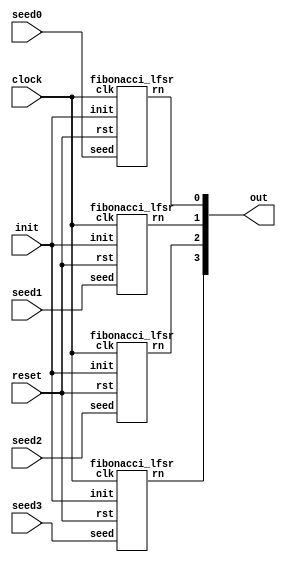
module random_number_generator(
	input clock,
	input reset,
	input init,
	input [8:0] seed0,
	input [8:0] seed1,
	input [8:0] seed2,
	input [8:0] seed3,
	output [3:0] out
	);

	fibonacci_lfsr rng0(
		.clk	(clock),
		.rst	(reset),
		.init	(init),
		.seed	(seed0),
		.rn		(out[0]));
	
	fibonacci_lfsr rng1(
		.clk	(clock),
		.rst	(reset),
		.init	(init),
		.seed	(seed1),
		.rn		(out[1]));

	fibonacci_lfsr rng2(
		.clk	(clock),
		.rst	(reset),
		.init	(init),
		.seed	(seed2),
		.rn		(out[2]));

	fibonacci_lfsr rng3(
		.clk	(clock),
		.rst	(reset),
		.init	(init),
		.seed	(seed3),
		.rn		(out[3]));

endmodule

module fibonacci_lfsr(
	input  clk,
	input  rst,
	input  init,
	input  [8:0]seed,
	output rn
	);

	reg [8:0] data;
	assign rn = data[8];
	wire feedback = data[8] ^ data[4] ^ data[1] ;

	always @(posedge clk)
  	if (rst) 
    	data <= seed;
  	else if(init)
  		data <= seed;
  	else
    	data <= {data[7:0], feedback} ;

endmodule